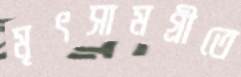
মৃৎসামগ্রীতে